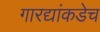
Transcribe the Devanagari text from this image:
गारद्यांकडेच